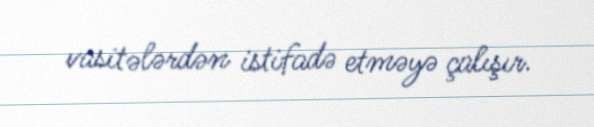
vasitələrdən istifadə etməyə çalışır.